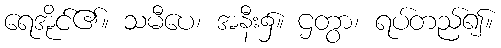
ရေအိုင်၏။ သမီပေ၊ အနီး၌။ ဌတွာ၊ ရပ်တည်၍။